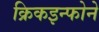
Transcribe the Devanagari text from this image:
क्रिकइन्फोने